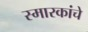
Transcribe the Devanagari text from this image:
स्‍मारकांचे